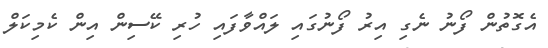
އެގޮތުން ފޯނު ނެގި އިރު ފޯނުގައި ލައްވާފައި ހުރި ކޭސިން އިން ކެމިކަލް